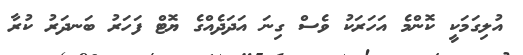
އުލިގަމަކީ ކޮންމެ އަހަރަކު ވެސް ގިނަ އަދަދެއްގެ ޔޮޓް ފަހަރު ބަނދަރު ކުރާ